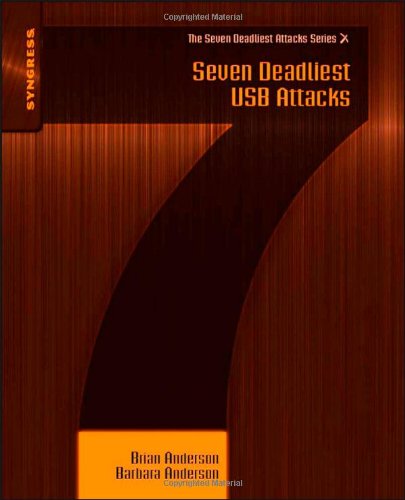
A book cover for Seven Deadliest USB Attacks (Seven Deadliest Attacks); Brian Anderson; Computers & Technology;